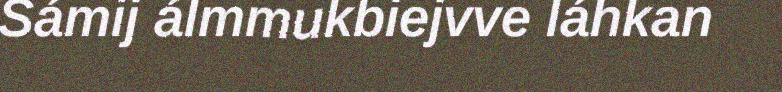
Sámij álmmukbiejvve láhkan